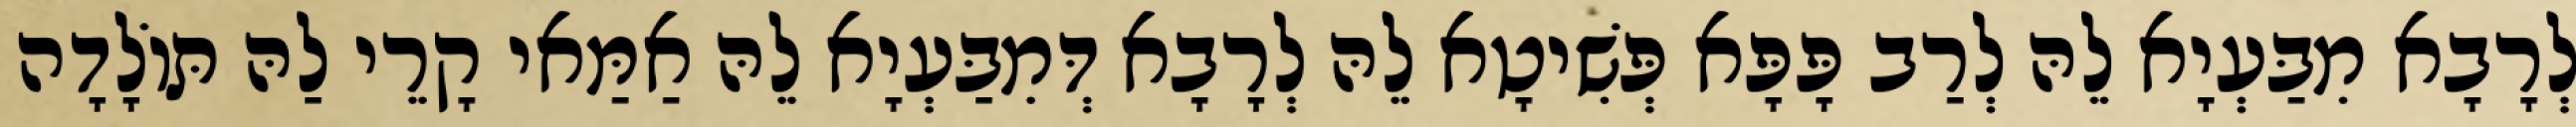
לְרָבָא מִבַּעְיָא לֵהּ לְרַב פָּפָּא פְּשִׁיטָא לֵהּ לְרָבָא דְּמִבַּעְיָא לֵהּ אַמַּאי קָרֵי לַהּ תּוֹלָדָה